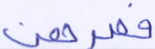
فصرهن